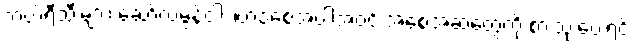
ဘယ်ရီသီးများ၊ ဆော်လမွန်ငါး ၊ဗာဒံစေ့အပါအဝင် အစေ့အဆံတွေကို စားသုံးပေးရင်